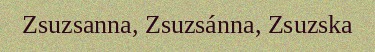
Zsuzsanna, Zsuzsánna, Zsuzska